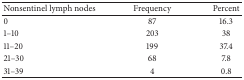
<table><thead><tr><td><b>Nonsentinel lymph nodes</b></td><td><b>Frequency</b></td><td><b>Percent</b></td></tr></thead><tbody><tr><td>0</td><td>87</td><td>16.3</td></tr><tr><td>1–10</td><td>203</td><td>38</td></tr><tr><td>11–20</td><td>199</td><td>37.4</td></tr><tr><td>21–30</td><td>68</td><td>7.8</td></tr><tr><td>31–39</td><td>4</td><td>0.8</td></tr></tbody></table>